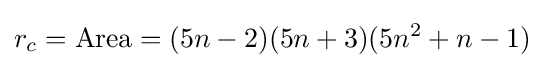
r_{c}={\text{Area}}=(5n-2)(5n+3)(5n^{2}+n-1)